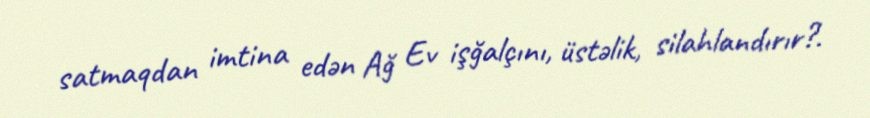
satmaqdan imtina edən Ağ Ev işğalçını, üstəlik, silahlandırır?.